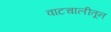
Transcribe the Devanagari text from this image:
वाटचालीतून